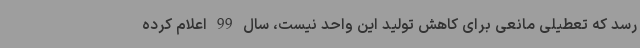
رسد که تعطیلی مانعی برای کاهش تولید این واحد نیست، سال 99 اعلام کرده